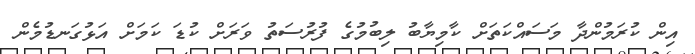
އިން ކުރަމުންދާ މަސައްކަތަށް ކާމިޔާބު ލިބުމުގެ ފުރުސަތު ވަރަށް ކުޑަ ކަމަށް އަޅުގަނޑުމެން